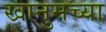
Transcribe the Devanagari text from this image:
खानुमच्या